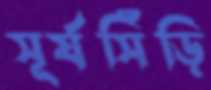
সূর্যসিঁড়ি